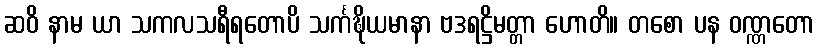
ဆဝိ နာမ ယာ သကလသရီရတောပိ သင်္ကဍ္ဎိယမာနာ ဗဒရဋ္ဌိမတ္တာ ဟောတိ။ တစော ပန ဝဏ္ဏတော